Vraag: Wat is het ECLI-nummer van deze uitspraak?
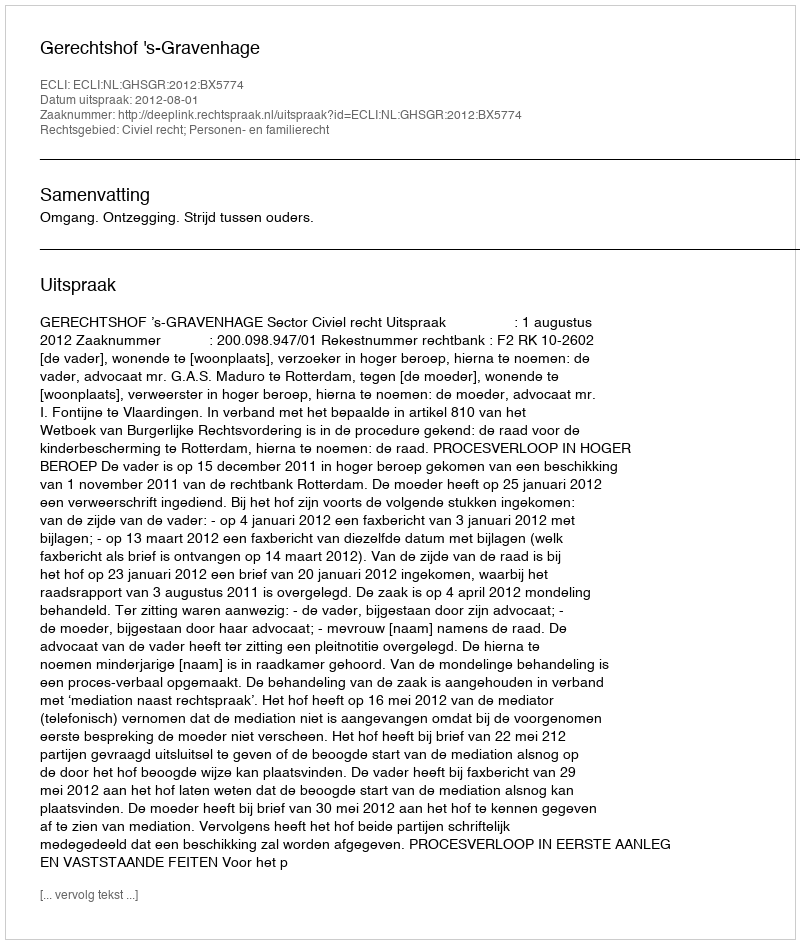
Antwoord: ECLI:NL:GHSGR:2012:BX5774